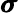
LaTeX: \pmb{\sigma}